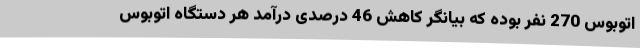
اتوبوس 270 نفر بوده که بیانگر کاهش 46 درصدی درآمد هر دستگاه اتوبوس